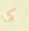
كما